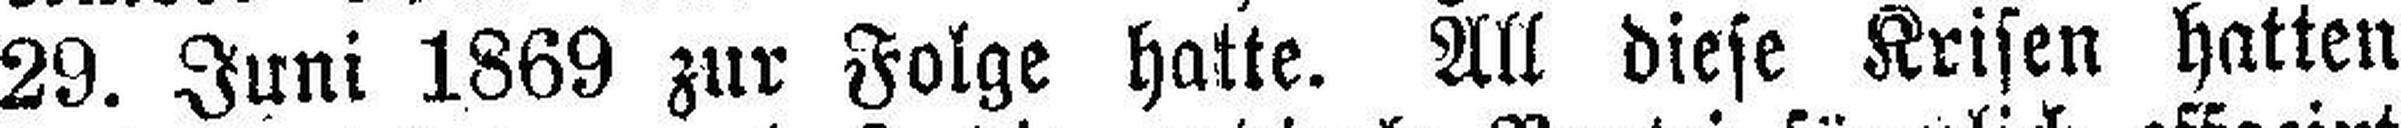
29. Juni 1869 zur Folge hatte. All diese Krisen hatten